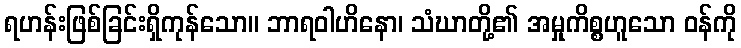
ရဟန်းဖြစ်ခြင်းရှိကုန်သော။ ဘာရဝါဟိနော၊ သံဃာတို့၏ အမှုကိစ္စဟူသော ဝန်ကို